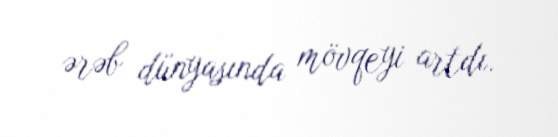
ərəb dünyasında mövqeyi artdı.